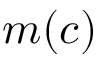
m ( c )